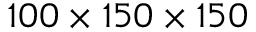
1 0 0 \times 1 5 0 \times 1 5 0